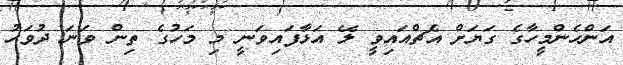
އަންހެންމީހާގެ ގަޔަށް އެޗްއައިވީ ލޭ އަޅާފައިވަނީ މި މަހުގެ ތިން ވަނަ ދުވަހު